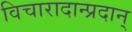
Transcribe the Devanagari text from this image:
विचारादान्प्रदान्